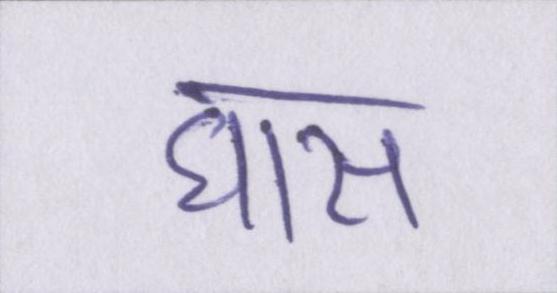
घास